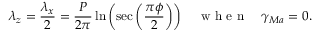
\lambda _ { z } = \frac { \lambda _ { x } } { 2 } = \frac { P } { 2 \pi } \ln \left( \sec \left( \frac { \pi \phi } { 2 } \right) \right) \quad \mathrm { ~ w ~ h ~ e ~ n ~ } \quad \gamma _ { M a } = 0 .